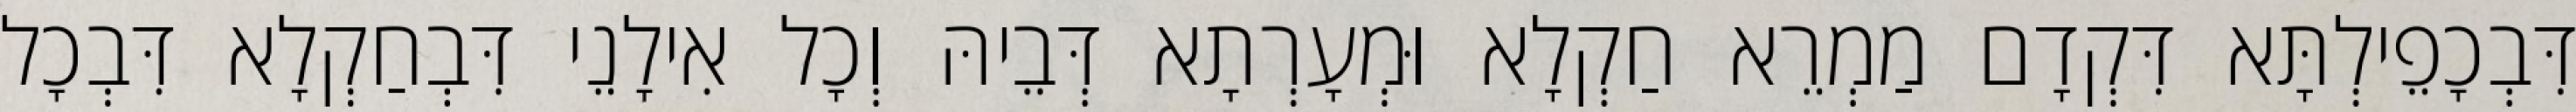
דִּבְכָפֵילְתָּא דִּקְדָם מַמְרֵא חַקְלָא וּמְעָרְתָא דְּבֵיהּ וְכָל אִילָנֵי דִּבְחַקְלָא דִּבְכָל